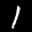
Label: 1